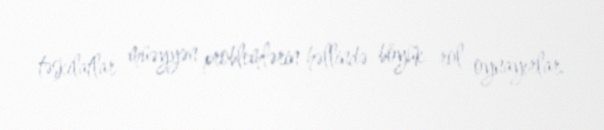
təşkilatlar müəyyən problemlərin həllində böyük rol oynayırlar.